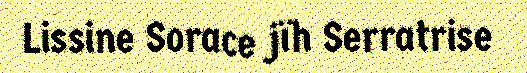
Lissine Sorace jïh Serratrise